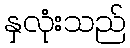
နှလုံးသည်